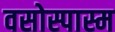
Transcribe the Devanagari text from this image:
वसोस्पास्म